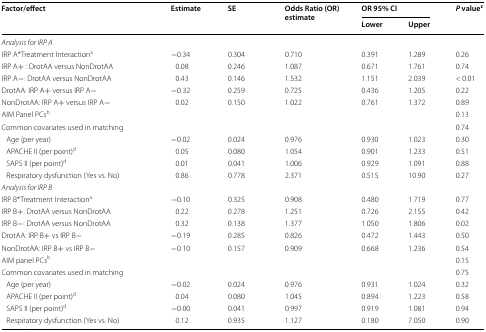
<table><thead><tr><td rowspan="2"><b>Factor/effect</b></td><td rowspan="2"><b>Estimate</b></td><td rowspan="2"><b>SE</b></td><td rowspan="2"><b>Odds Ratio (OR) estimate</b></td><td colspan="2"><b>OR 95% CI</b></td><td rowspan="2"><b><i>P</i> value<sup>c</sup></b></td></tr><tr><td><b>Lower</b></td><td><b>Upper</b></td></tr></thead><tbody><tr><td><i>Analysis for IRP A</i></td><td></td><td></td><td></td><td></td><td></td><td></td></tr><tr><td>IRP A*Treatment Interaction<sup>a</sup></td><td>−0.34</td><td>0.304</td><td>0.710</td><td>0.391</td><td>1.289</td><td>0.26</td></tr><tr><td>IRP A+ : DrotAA versus NonDrotAA</td><td>0.08</td><td>0.246</td><td>1.087</td><td>0.671</td><td>1.761</td><td>0.74</td></tr><tr><td>IRP A−: DrotAA versus NonDrotAA</td><td>0.43</td><td>0.146</td><td>1.532</td><td>1.151</td><td>2.039</td><td>&lt; 0.01</td></tr><tr><td>DrotAA: IRP A+ versus IRP A−</td><td>−0.32</td><td>0.259</td><td>0.725</td><td>0.436</td><td>1.205</td><td>0.22</td></tr><tr><td>NonDrotAA: IRP A+ versus IRP A−</td><td>0.02</td><td>0.150</td><td>1.022</td><td>0.761</td><td>1.372</td><td>0.89</td></tr><tr><td>AIM Panel PCs<sup>b</sup></td><td></td><td></td><td></td><td></td><td></td><td>0.13</td></tr><tr><td>Common covariates used in matching</td><td></td><td></td><td></td><td></td><td></td><td>0.74</td></tr><tr><td> Age (per year)</td><td>−0.02</td><td>0.024</td><td>0.976</td><td>0.930</td><td>1.023</td><td>0.30</td></tr><tr><td> APACHE II (per point)<sup>d</sup></td><td>0.05</td><td>0.080</td><td>1.054</td><td>0.901</td><td>1.233</td><td>0.51</td></tr><tr><td> SAPS II (per point)<sup>d</sup></td><td>0.01</td><td>0.041</td><td>1.006</td><td>0.929</td><td>1.091</td><td>0.88</td></tr><tr><td> Respiratory dysfunction (Yes vs. No)</td><td>0.86</td><td>0.778</td><td>2.371</td><td>0.515</td><td>10.90</td><td>0.27</td></tr><tr><td colspan="7"><i>Analysis for IRP B</i></td></tr><tr><td>IRP B*Treatment Interaction<sup>a</sup></td><td>−0.10</td><td>0.325</td><td>0.908</td><td>0.480</td><td>1.719</td><td>0.77</td></tr><tr><td>IRP B+: DrotAA versus NonDrotAA</td><td>0.22</td><td>0.278</td><td>1.251</td><td>0.726</td><td>2.155</td><td>0.42</td></tr><tr><td>IRP B−: DrotAA versus NonDrotAA</td><td>0.32</td><td>0.138</td><td>1.377</td><td>1.050</td><td>1.806</td><td>0.02</td></tr><tr><td>DrotAA: IRP B+ vs IRP B−</td><td>−0.19</td><td>0.285</td><td>0.826</td><td>0.472</td><td>1.443</td><td>0.50</td></tr><tr><td>NonDrotAA: IRP B+ vs IRP B−</td><td>−0.10</td><td>0.157</td><td>0.909</td><td>0.668</td><td>1.236</td><td>0.54</td></tr><tr><td>AIM panel PCs<sup>b</sup></td><td></td><td></td><td></td><td></td><td></td><td>0.15</td></tr><tr><td>Common covariates used in matching</td><td></td><td></td><td></td><td></td><td></td><td>0.75</td></tr><tr><td> Age (per year)</td><td>−0.02</td><td>0.024</td><td>0.976</td><td>0.931</td><td>1.024</td><td>0.32</td></tr><tr><td> APACHE II (per point)<sup>d</sup></td><td>0.04</td><td>0.080</td><td>1.045</td><td>0.894</td><td>1.223</td><td>0.58</td></tr><tr><td> SAPS II (per point)<sup>d</sup></td><td>−0.00</td><td>0.041</td><td>0.997</td><td>0.919</td><td>1.081</td><td>0.94</td></tr><tr><td> Respiratory dysfunction (Yes vs. No)</td><td>0.12</td><td>0.935</td><td>1.127</td><td>0.180</td><td>7.050</td><td>0.90</td></tr></tbody></table>